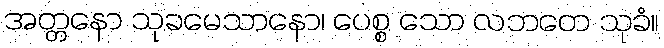
အတ္တနော သုခမေသာနော၊ ပေစ္စ သော လဘတေ သုခံ။